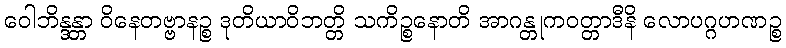
ဝေါဘိန္ဒန္တာ ဝိနေတဗ္ဗာနဉ္စ ဒုတိယာဝိဘတ္တိ သကိဉ္စနောတိ အာဂန္တုကဝတ္တာဒီနိ လောပဂ္ဂဟဏဉ္စ